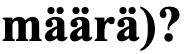
määrä)?